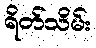
ရိတ်သိမ်း